Source: Handwritten
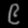
Digit: ၉ (9)